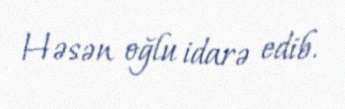
Həsən oğlu idarə edib.